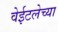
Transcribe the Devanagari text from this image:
वेईटलेच्या